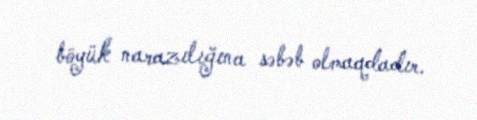
böyük narazılığına səbəb olmaqdadır.